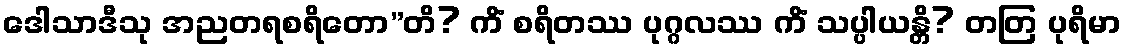
ဒေါသာဒီသု အညတရစရိတော”တိ? ကိံ စရိတဿ ပုဂ္ဂလဿ ကိံ သပ္ပါယန္တိ? တတြ ပုရိမာ